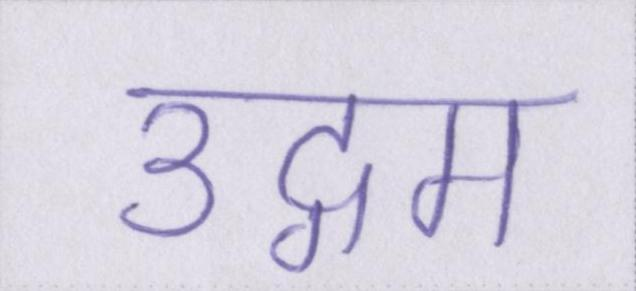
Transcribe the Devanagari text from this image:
उद्गम